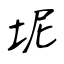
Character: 坭